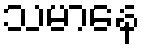
သမာနေ